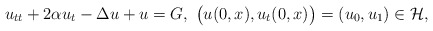
\begin{align*}u_{tt}+2\alpha u_t-\Delta u+u=G, \mbox{ }\big(u(0,x),u_t(0,x)\big)=(u_0,u_1)\in \mathcal{H},\end{align*}